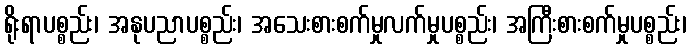
ရိုးရာပစ္စည်း၊ အနုပညာပစ္စည်း၊ အသေးစားစက်မှုလက်မှုပစ္စည်း၊ အကြီးစားစက်မှုပစ္စည်း၊